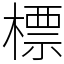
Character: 標